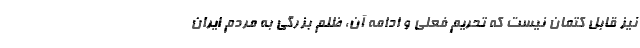
نیز قابل کتمان نیست که تحریم فعلی و ادامه آن، ظلم بزرگی به مردم ایران